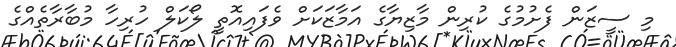
މި ސީޒަން ފެށުމުގެ ކުރިން މާޒިޔާގެ އަމާޒަކަށް ވެފައިއޮތީ ލޯކަލް ހުރިހާ މުބާރާތެއްގެ